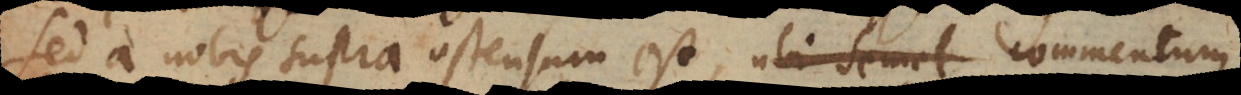
Sed a nobis supra ostensum est, ubi semel commentum